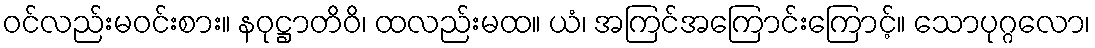
ဝင်လည်းမဝင်းစား။ နဝုဋ္ဌာတိဝိ၊ ထလည်းမထ။ ယံ၊ အကြင်အကြောင်းကြောင့်။ သောပုဂ္ဂလော၊